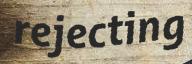
rejecting